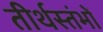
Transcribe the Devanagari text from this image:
तीर्थस्तंभों